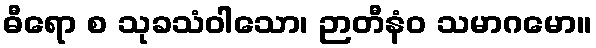
ဓီရော စ သုခသံဝါသော၊ ဉာတီနံဝ သမာဂမော။